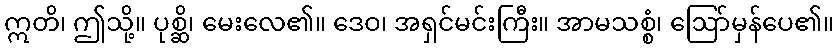
ဣတိ၊ ဤသို့။ ပုစ္ဆိ၊ မေးလေ၏။ ဒေဝ၊ အရှင်မင်းကြီး။ အာမသစ္စံ၊ ဩော်မှန်ပေ၏။